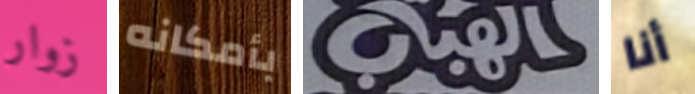
زوار بأمكانه الهباب أنا